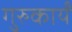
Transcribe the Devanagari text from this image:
गुरुकार्यं